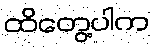
ထိတွေ့ပါက